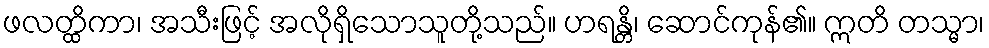
ဖလတ္ထိကာ၊ အသီးဖြင့် အလိုရှိသောသူတို့သည်။ ဟရန္တိ၊ ဆောင်ကုန်၏။ ဣတိ တသ္မာ၊